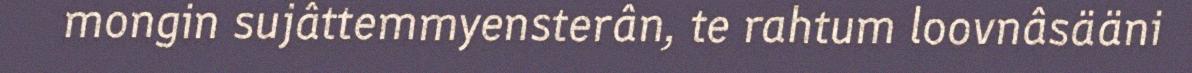
mongin sujâttemmyensterân, te rahtum loovnâsääni